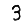
Digit: 3